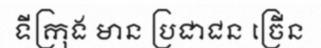
ទីក្រុង មាន ប្រជាជន ច្រើន